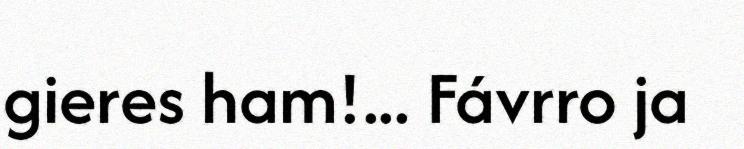
gieres ham!... Fávrro ja